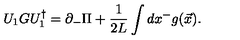
U _ { 1 } G U _ { 1 } ^ { \dagger } = \partial _ { - } \Pi + { \frac { 1 } { 2 L } } \int d x ^ { - } g ( { \vec { x } } ) .